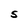
Character: S